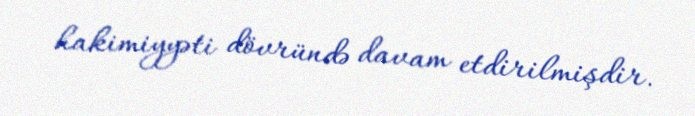
hakimiyyəti dövründə davam etdirilmişdir.